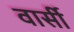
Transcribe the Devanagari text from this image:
वार्सी